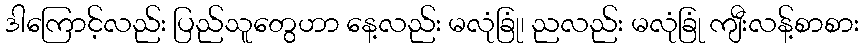
ဒါကြောင့်လည်း ပြည်သူတွေဟာ နေ့လည်း မလုံခြုံ၊ ညလည်း မလုံခြုံ ကျီးလန့်စာစား